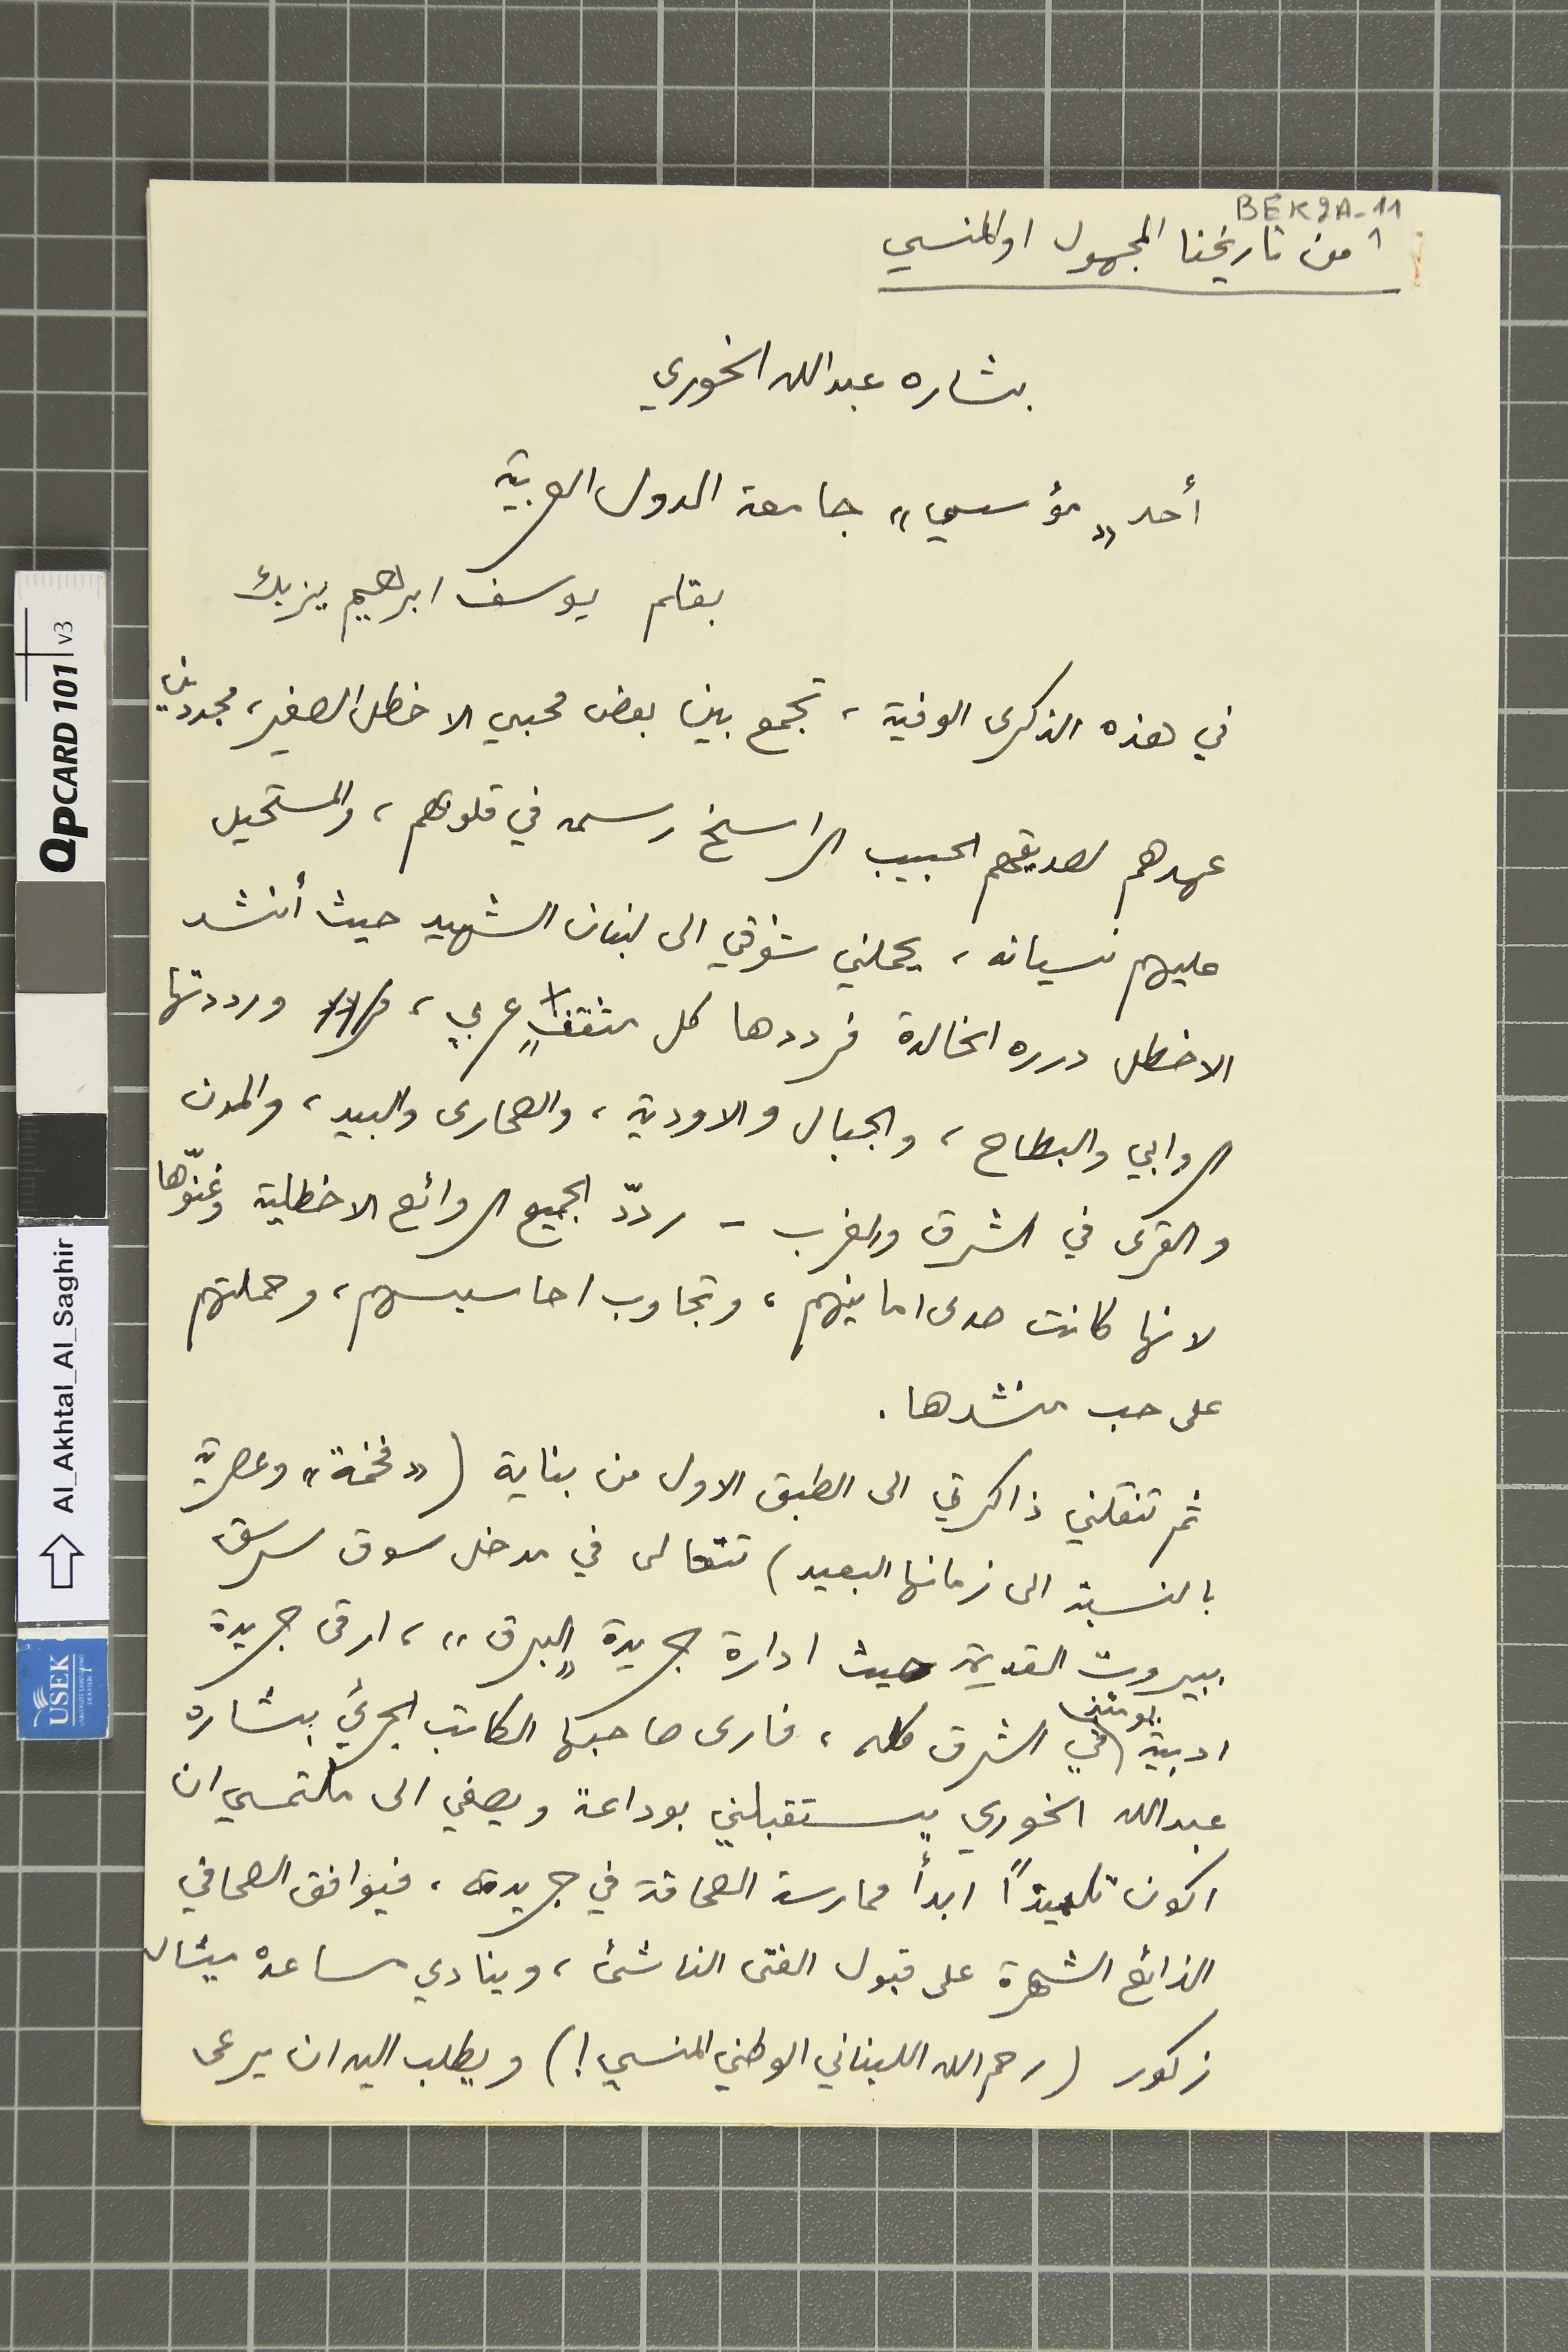
BEK2A-11
1 من تاريخنا المجهول او المنسي
بشاره عبدالله الخوري
أحد "مؤسسي" جامعة الدول العربية
بقلم يوسف ابرهيم يزبك
في هذه الذكرى الوفية، تجمع بين بعض محبي الاخطل الصغير، مجددين
عهدهم لصديقهم الحبيب الراسخ رسمه في قلوبهم، والمستحيل
عليهم نسيانه، يحملني شوقي الى لبنان الشهيد حيث أنشد
الاخطل درره الخالدة فرددها كل مثقفٍ عربي، ورددتها
الروابي والبطاح، والجبال والاودية، والصحارى والبيد، والمدن
والقرى في الشرق والغرب – ردّد الجميع الروائع الاخطلية وغنّوها
لانها كانت صدى امانيهم، وتجاوب احاسيسهم، وحملتهم
على حب منشدها.
ثم تنقلني ذاكرتي الى الطبق الاول من بناية (" فخمة" وعصرية
بالنسبة الى زمانها البعيد) تتعالى في مدخل سوق سرسق
ببيروت القديمة حيث ادارة جريدة "البرق" ارقى جريدة
ادبية يومئذٍ في الشرق كله، فارى صاحبها الكاتب الجريء بشاره
عبدالله الخوري يستقبلني بوداعة ويصغي الى ملتمسي ان
اكون تلميذاً ابدأ ممارسة الصحافة في جريدة، فيوافق الصحافي
الذائع الشهرة على قبول الفتى الناشئ، وينادي مساعده ميشال
زكور (رحم الله اللبناني الوطني المنسي!) ويطلب اليه ان يرعى